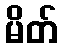
မိတ်